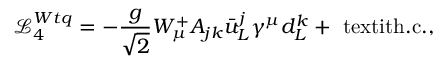
{ \mathcal { L } } _ { 4 } ^ { W t q } = - \frac { g } { \sqrt { 2 } } W _ { \mu } ^ { + } A _ { j k } \bar { u } _ { L } ^ { j } \gamma ^ { \mu } d _ { L } ^ { k } + \mathrm { \ t e x t i t { h . c . } } ,